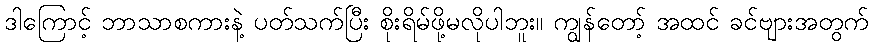
ဒါကြောင့် ဘာသာစကားနဲ့ ပတ်သက်ပြီး စိုးရိမ်ဖို့မလိုပါဘူး။ ကျွန်တော့် အထင် ခင်ဗျားအတွက်